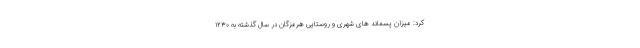
کرد: میزان پسماند های شهری و روستایی هرمزگان در سال گذشته به ۱۲۳۰